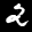
Label: 2